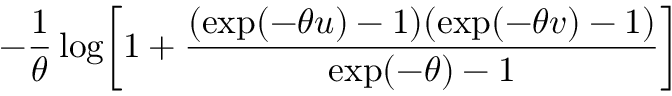
- { \frac { 1 } { \theta } } \log \! \left[ 1 + { \frac { ( \exp ( - \theta u ) - 1 ) ( \exp ( - \theta v ) - 1 ) } { \exp ( - \theta ) - 1 } } \right]